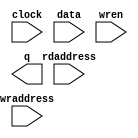
// megafunction wizard: %RAM: 2-PORT%VBB%
// GENERATION: STANDARD
// VERSION: WM1.0
// MODULE: altsyncram 

// ============================================================
// Megafunction Name(s):
// 			altsyncram
//
// Simulation Library Files(s):
// 			altera_mf
// ============================================================
// ************************************************************
// THIS IS A WIZARD-GENERATED FILE. DO NOT EDIT THIS FILE!
//
// 17.1.0 Build 590 10/25/2017 SJ Lite Edition
// ************************************************************

//Copyright (C) 2017  Intel Corporation. All rights reserved.
//Your use of Intel Corporation's design tools, logic functions 
//and other software and tools, and its AMPP partner logic 
//functions, and any output files from any of the foregoing 
//(including device programming or simulation files), and any 
//associated documentation or information are expressly subject 
//to the terms and conditions of the Intel Program License 
//Subscription Agreement, the Intel Quartus Prime License Agreement,
//the Intel FPGA IP License Agreement, or other applicable license
//agreement, including, without limitation, that your use is for
//the sole purpose of programming logic devices manufactured by
//Intel and sold by Intel or its authorized distributors.  Please
//refer to the applicable agreement for further details.

module ram (
	clock,
	data,
	rdaddress,
	wraddress,
	wren,
	q);

	input	  clock;
	input	[7:0]  data;
	input	[7:0]  rdaddress;
	input	[7:0]  wraddress;
	input	  wren;
	output	[7:0]  q;
`ifndef ALTERA_RESERVED_QIS
// synopsys translate_off
`endif
	tri1	  clock;
	tri0	  wren;
`ifndef ALTERA_RESERVED_QIS
// synopsys translate_on
`endif

endmodule

// ============================================================
// CNX file retrieval info
// ============================================================
// Retrieval info: PRIVATE: ADDRESSSTALL_A NUMERIC "0"
// Retrieval info: PRIVATE: ADDRESSSTALL_B NUMERIC "0"
// Retrieval info: PRIVATE: BYTEENA_ACLR_A NUMERIC "0"
// Retrieval info: PRIVATE: BYTEENA_ACLR_B NUMERIC "0"
// Retrieval info: PRIVATE: BYTE_ENABLE_A NUMERIC "0"
// Retrieval info: PRIVATE: BYTE_ENABLE_B NUMERIC "0"
// Retrieval info: PRIVATE: BYTE_SIZE NUMERIC "8"
// Retrieval info: PRIVATE: BlankMemory NUMERIC "0"
// Retrieval info: PRIVATE: CLOCK_ENABLE_INPUT_A NUMERIC "0"
// Retrieval info: PRIVATE: CLOCK_ENABLE_INPUT_B NUMERIC "0"
// Retrieval info: PRIVATE: CLOCK_ENABLE_OUTPUT_A NUMERIC "0"
// Retrieval info: PRIVATE: CLOCK_ENABLE_OUTPUT_B NUMERIC "0"
// Retrieval info: PRIVATE: CLRdata NUMERIC "0"
// Retrieval info: PRIVATE: CLRq NUMERIC "0"
// Retrieval info: PRIVATE: CLRrdaddress NUMERIC "0"
// Retrieval info: PRIVATE: CLRrren NUMERIC "0"
// Retrieval info: PRIVATE: CLRwraddress NUMERIC "0"
// Retrieval info: PRIVATE: CLRwren NUMERIC "0"
// Retrieval info: PRIVATE: Clock NUMERIC "0"
// Retrieval info: PRIVATE: Clock_A NUMERIC "0"
// Retrieval info: PRIVATE: Clock_B NUMERIC "0"
// Retrieval info: PRIVATE: IMPLEMENT_IN_LES NUMERIC "0"
// Retrieval info: PRIVATE: INDATA_ACLR_B NUMERIC "0"
// Retrieval info: PRIVATE: INDATA_REG_B NUMERIC "0"
// Retrieval info: PRIVATE: INIT_FILE_LAYOUT STRING "PORT_B"
// Retrieval info: PRIVATE: INIT_TO_SIM_X NUMERIC "0"
// Retrieval info: PRIVATE: INTENDED_DEVICE_FAMILY STRING "Cyclone V"
// Retrieval info: PRIVATE: JTAG_ENABLED NUMERIC "0"
// Retrieval info: PRIVATE: JTAG_ID STRING "NONE"
// Retrieval info: PRIVATE: MAXIMUM_DEPTH NUMERIC "0"
// Retrieval info: PRIVATE: MEMSIZE NUMERIC "1152"
// Retrieval info: PRIVATE: MEM_IN_BITS NUMERIC "0"
// Retrieval info: PRIVATE: MIFfilename STRING "scancode.mif"
// Retrieval info: PRIVATE: OPERATION_MODE NUMERIC "2"
// Retrieval info: PRIVATE: OUTDATA_ACLR_B NUMERIC "0"
// Retrieval info: PRIVATE: OUTDATA_REG_B NUMERIC "1"
// Retrieval info: PRIVATE: RAM_BLOCK_TYPE NUMERIC "0"
// Retrieval info: PRIVATE: READ_DURING_WRITE_MODE_MIXED_PORTS NUMERIC "2"
// Retrieval info: PRIVATE: READ_DURING_WRITE_MODE_PORT_A NUMERIC "3"
// Retrieval info: PRIVATE: READ_DURING_WRITE_MODE_PORT_B NUMERIC "3"
// Retrieval info: PRIVATE: REGdata NUMERIC "1"
// Retrieval info: PRIVATE: REGq NUMERIC "1"
// Retrieval info: PRIVATE: REGrdaddress NUMERIC "1"
// Retrieval info: PRIVATE: REGrren NUMERIC "1"
// Retrieval info: PRIVATE: REGwraddress NUMERIC "1"
// Retrieval info: PRIVATE: REGwren NUMERIC "1"
// Retrieval info: PRIVATE: SYNTH_WRAPPER_GEN_POSTFIX STRING "0"
// Retrieval info: PRIVATE: USE_DIFF_CLKEN NUMERIC "0"
// Retrieval info: PRIVATE: UseDPRAM NUMERIC "1"
// Retrieval info: PRIVATE: VarWidth NUMERIC "0"
// Retrieval info: PRIVATE: WIDTH_READ_A NUMERIC "8"
// Retrieval info: PRIVATE: WIDTH_READ_B NUMERIC "8"
// Retrieval info: PRIVATE: WIDTH_WRITE_A NUMERIC "8"
// Retrieval info: PRIVATE: WIDTH_WRITE_B NUMERIC "8"
// Retrieval info: PRIVATE: WRADDR_ACLR_B NUMERIC "0"
// Retrieval info: PRIVATE: WRADDR_REG_B NUMERIC "0"
// Retrieval info: PRIVATE: WRCTRL_ACLR_B NUMERIC "0"
// Retrieval info: PRIVATE: enable NUMERIC "0"
// Retrieval info: PRIVATE: rden NUMERIC "0"
// Retrieval info: LIBRARY: altera_mf altera_mf.altera_mf_components.all
// Retrieval info: CONSTANT: ADDRESS_ACLR_B STRING "NONE"
// Retrieval info: CONSTANT: ADDRESS_REG_B STRING "CLOCK0"
// Retrieval info: CONSTANT: CLOCK_ENABLE_INPUT_A STRING "BYPASS"
// Retrieval info: CONSTANT: CLOCK_ENABLE_INPUT_B STRING "BYPASS"
// Retrieval info: CONSTANT: CLOCK_ENABLE_OUTPUT_B STRING "BYPASS"
// Retrieval info: CONSTANT: INIT_FILE STRING "scancode.mif"
// Retrieval info: CONSTANT: INTENDED_DEVICE_FAMILY STRING "Cyclone V"
// Retrieval info: CONSTANT: LPM_TYPE STRING "altsyncram"
// Retrieval info: CONSTANT: NUMWORDS_A NUMERIC "144"
// Retrieval info: CONSTANT: NUMWORDS_B NUMERIC "144"
// Retrieval info: CONSTANT: OPERATION_MODE STRING "DUAL_PORT"
// Retrieval info: CONSTANT: OUTDATA_ACLR_B STRING "NONE"
// Retrieval info: CONSTANT: OUTDATA_REG_B STRING "CLOCK0"
// Retrieval info: CONSTANT: POWER_UP_UNINITIALIZED STRING "FALSE"
// Retrieval info: CONSTANT: READ_DURING_WRITE_MODE_MIXED_PORTS STRING "DONT_CARE"
// Retrieval info: CONSTANT: WIDTHAD_A NUMERIC "8"
// Retrieval info: CONSTANT: WIDTHAD_B NUMERIC "8"
// Retrieval info: CONSTANT: WIDTH_A NUMERIC "8"
// Retrieval info: CONSTANT: WIDTH_B NUMERIC "8"
// Retrieval info: CONSTANT: WIDTH_BYTEENA_A NUMERIC "1"
// Retrieval info: USED_PORT: clock 0 0 0 0 INPUT VCC "clock"
// Retrieval info: USED_PORT: data 0 0 8 0 INPUT NODEFVAL "data[7..0]"
// Retrieval info: USED_PORT: q 0 0 8 0 OUTPUT NODEFVAL "q[7..0]"
// Retrieval info: USED_PORT: rdaddress 0 0 8 0 INPUT NODEFVAL "rdaddress[7..0]"
// Retrieval info: USED_PORT: wraddress 0 0 8 0 INPUT NODEFVAL "wraddress[7..0]"
// Retrieval info: USED_PORT: wren 0 0 0 0 INPUT GND "wren"
// Retrieval info: CONNECT: @address_a 0 0 8 0 wraddress 0 0 8 0
// Retrieval info: CONNECT: @address_b 0 0 8 0 rdaddress 0 0 8 0
// Retrieval info: CONNECT: @clock0 0 0 0 0 clock 0 0 0 0
// Retrieval info: CONNECT: @data_a 0 0 8 0 data 0 0 8 0
// Retrieval info: CONNECT: @wren_a 0 0 0 0 wren 0 0 0 0
// Retrieval info: CONNECT: q 0 0 8 0 @q_b 0 0 8 0
// Retrieval info: GEN_FILE: TYPE_NORMAL ram.v TRUE
// Retrieval info: GEN_FILE: TYPE_NORMAL ram.inc FALSE
// Retrieval info: GEN_FILE: TYPE_NORMAL ram.cmp FALSE
// Retrieval info: GEN_FILE: TYPE_NORMAL ram.bsf FALSE
// Retrieval info: GEN_FILE: TYPE_NORMAL ram_inst.v FALSE
// Retrieval info: GEN_FILE: TYPE_NORMAL ram_bb.v TRUE
// Retrieval info: LIB_FILE: altera_mf